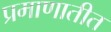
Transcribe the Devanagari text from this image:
प्रमाणातीत